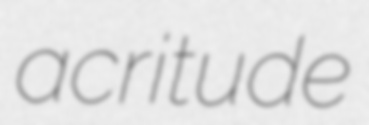
acritude